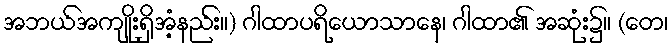
အဘယ်အကျိုးရှိအံ့နည်း။) ဂါထာပရိယောသာနေ၊ ဂါထာ၏ အဆုံး၌။ (တေ၊